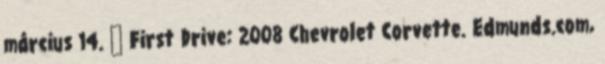
március 14. ↑ First Drive: 2008 Chevrolet Corvette. Edmunds.com,